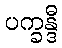
ပက္ခန္ဒီ